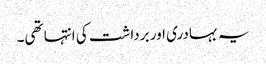
یہ بہادری اور برداشت کی انتہا تھی۔